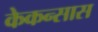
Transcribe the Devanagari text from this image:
केकन्सास